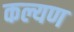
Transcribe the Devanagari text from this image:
कल्यण